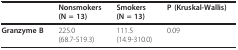
<table><thead><tr><td></td><td><b>Nonsmokers(N = 13)</b></td><td><b>Smokers(N = 13)</b></td><td><b>P (Kruskal-Wallis)</b></td></tr></thead><tbody><tr><td><b>Granzyme B</b></td><td>225.0(68.7-519.3)</td><td>111.5(14.9-310.0)</td><td>0.09</td></tr></tbody></table>